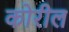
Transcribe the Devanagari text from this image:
कोरील